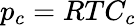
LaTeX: p_{c}=RTC_{c}